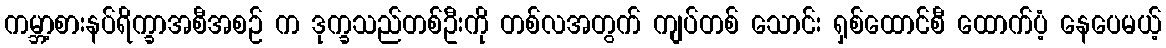
ကမ္ဘာ့စားနပ်ရိက္ခာအစီအစဉ် က ဒုက္ခသည်တစ်ဦးကို တစ်လအတွက် ကျပ်တစ် သောင်း ရှစ်ထောင်စီ ထောက်ပံ့ နေပေမယ့်